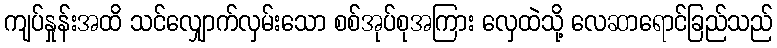
ကျပ်နှုန်းအထိ သင်လျှောက်လှမ်းသော စစ်အုပ်စုအကြား လှေထဲသို့ လေဆာရောင်ခြည်သည်